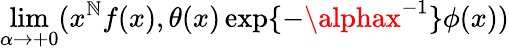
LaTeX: \operatorname*{lim}_{\alpha\rightarrow+0}(x^{\mathbb{N}}f(x),\theta(x)\exp\{ -\alphax^{-1}\} \phi(x))